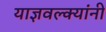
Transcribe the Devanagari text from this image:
याज्ञवल्क्यांनी